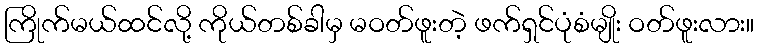
ကြိုက်မယ်ထင်လို့ ကိုယ်တစ်ခါမှ မဝတ်ဖူးတဲ့ ဖက်ရှင်ပုံစံမျိုး ဝတ်ဖူးလား။